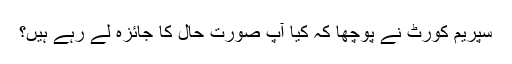
سپریم کورٹ نے پوچھا کہ کیا آپ صورت حال کا جائزہ لے رہے ہیں؟